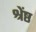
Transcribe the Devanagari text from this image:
श्रेंष्ठ